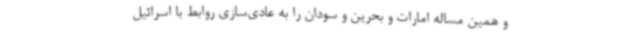
و همین مساله امارات و بحرین و سودان را به عادی‌سازی روابط با اسرائیل